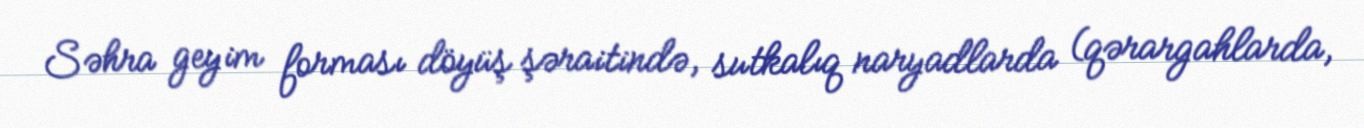
Səhra geyim forması döyüş şəraitində, sutkalıq naryadlarda (qərargahlarda,